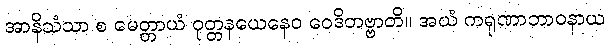
အာနိသံသာ စ မေတ္တာယံ ဝုတ္တနယေနေဝ ဝေဒိတဗ္ဗာတိ။ အယံ ကရုဏာဘာဝနာယ